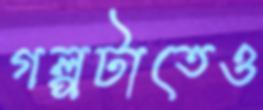
গল্পটাতেও